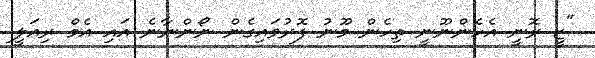
"ޒީ ރޮނީ އެހެންނޫނީ ތިހެން މޫނު ފޮރުވައިގެން ނޯންނާނެ އައި އެމް ރިއަލީ